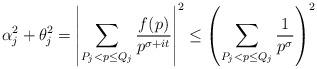
LaTeX: \begin{align*}\alpha_j^2 + \theta_j^2 = \left|\sum_{P_j < p \leq Q_j} \frac{f(p)}{p^{\sigma+it}}\right|^2 \leq \left(\sum_{P_j < p \leq Q_j} \frac{1}{p^\sigma}\right)^2\end{align*}